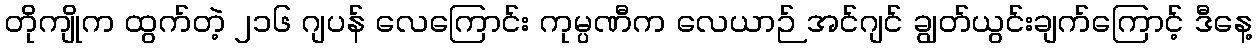
တိုကျိုက ထွက်တဲ့ ၂၁၆ ဂျပန် လေကြောင်း ကုမ္ပဏီက လေယာဉ် အင်ဂျင် ချွတ်ယွင်းချက်ကြောင့် ဒီနေ့